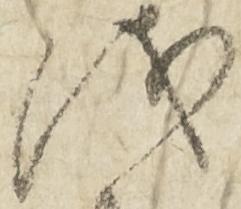
儀